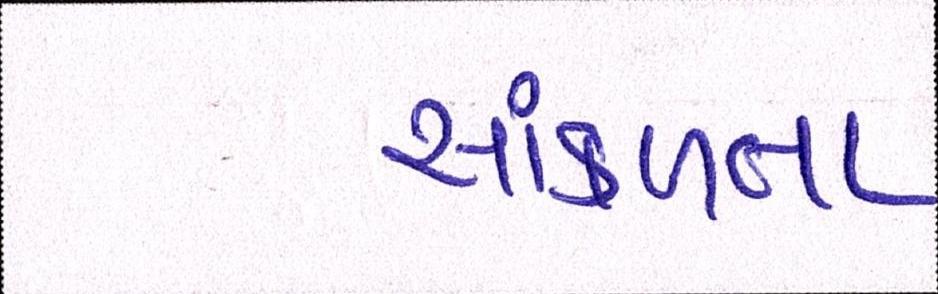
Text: સાંકળતા